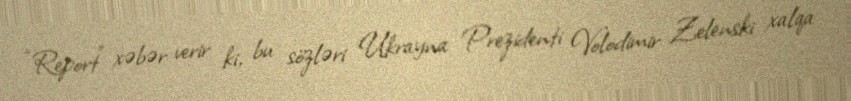
“Report” xəbər verir ki, bu sözləri Ukrayna Prezidenti Volodimir Zelenski xalqa